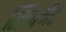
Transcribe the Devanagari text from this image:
स्क्रिपमेंट